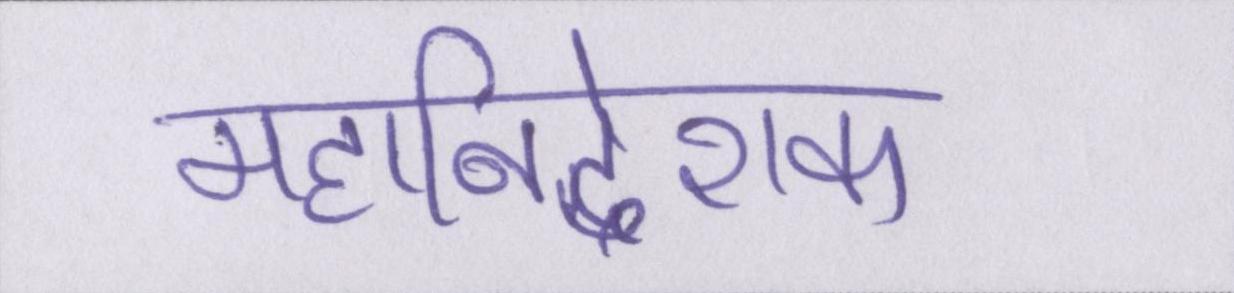
महानिदेशक